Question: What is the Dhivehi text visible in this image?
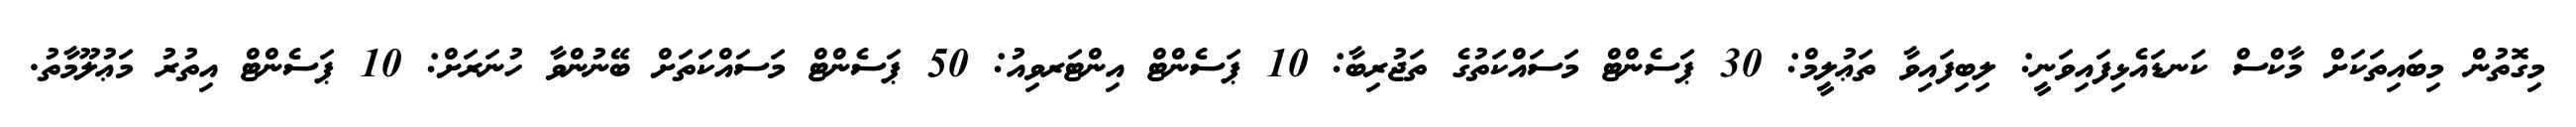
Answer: މިގޮތުން މިބައިތަކަށް މާކްސް ކަނޑައެޅިފައިވަނީ: ލިބިފައިވާ ތަޢުލީމް: 30 ޕަސެންޓް މަސައްކަތުގެ ތަޖުރިބާ: 10 ޕަސެންޓް އިންޓަރވިއު: 50 ޕަސެންޓް މަސައްކަތަށް ބޭނުންވާ ހުނަރަށް: 10 ޕަސެންޓް އިތުރު މަޢުލޫމާތު.